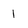
Character: 1